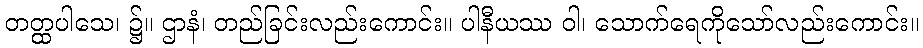
တတ္ထပါသေ၊ ၌။ ဌာနံ၊ တည်ခြင်းလည်းကောင်း။ ပါနီယဿ ဝါ၊ သောက်ရေကိုသော်လည်းကောင်း။